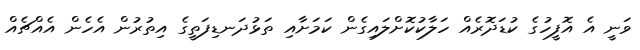
ވަނީ އެ އޮފީހުގެ ކުޑަދޮރެއް ހަލާކުކޮށްލައިގެން ކަމަށާއި ތަޅުދަނޑިފަތީގެ އިތުރުން އެހެން އެއްޗެއް